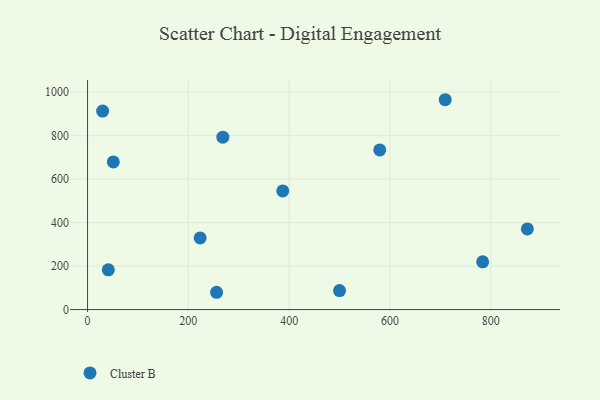
{"axis": {"x": "Engine Size", "y": "Exam Score"}, "legend": ["Cluster B"], "data": [{"x": "256.0", "y": 79.5, "type": "Cluster B"}, {"x": "29.9", "y": 913.1, "type": "Cluster B"}, {"x": "268.4", "y": 793.2, "type": "Cluster B"}, {"x": "579.7", "y": 734.4, "type": "Cluster B"}, {"x": "709.6", "y": 965.4, "type": "Cluster B"}, {"x": "387.3", "y": 545.8, "type": "Cluster B"}, {"x": "872.6", "y": 370.8, "type": "Cluster B"}, {"x": "499.9", "y": 87.2, "type": "Cluster B"}, {"x": "223.4", "y": 329.4, "type": "Cluster B"}, {"x": "41.2", "y": 182.8, "type": "Cluster B"}, {"x": "783.9", "y": 219.8, "type": "Cluster B"}, {"x": "51.1", "y": 679.1, "type": "Cluster B"}]}